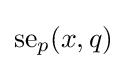
{\text{se}}_{p}(x,q)